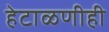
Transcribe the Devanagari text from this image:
हेटाळणीही